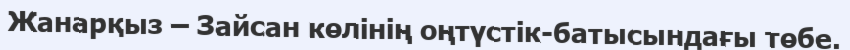
Жанарқыз – Зайсан көлінің оңтүстік-батысындағы төбе.